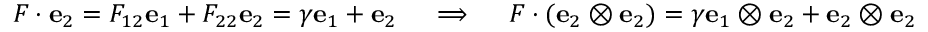
{ \boldsymbol { F } } \cdot \mathbf { e } _ { 2 } = F _ { 1 2 } \mathbf { e } _ { 1 } + F _ { 2 2 } \mathbf { e } _ { 2 } = \gamma \mathbf { e } _ { 1 } + \mathbf { e } _ { 2 } \quad \implies \quad { \boldsymbol { F } } \cdot ( \mathbf { e } _ { 2 } \otimes \mathbf { e } _ { 2 } ) = \gamma \mathbf { e } _ { 1 } \otimes \mathbf { e } _ { 2 } + \mathbf { e } _ { 2 } \otimes \mathbf { e } _ { 2 }